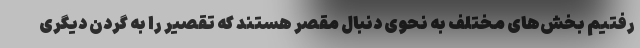
رفتیم بخش‌های مختلف به نحوی دنبال مقصر هستند که تقصیر را به گردن دیگری